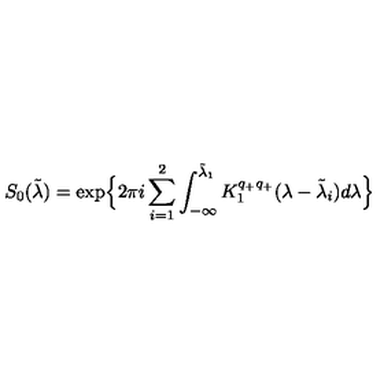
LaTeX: S _ { 0 } ( \tilde { \lambda } ) = \exp \Bigl \{ 2 \pi i \sum _ { i = 1 } ^ { 2 } \int _ { - \infty } ^ { \tilde { \lambda } _ { 1 } } K _ { 1 } ^ { q _ { + } q _ { + } } ( \lambda - \tilde { \lambda } _ { i } ) d \lambda \Bigr \}